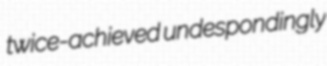
twice-achieved undespondingly